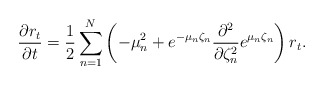
\begin{align*}\frac{\partial r_{t}}{\partial{t}}=\frac{1}{2}\sum_{n=1}^N\left(-\mu_n^2+e^{-\mu_n\zeta_n}\frac{\partial^2 }{\partial\zeta_n^2}e^{\mu_n\zeta_n}\right)r_{t}.\end{align*}